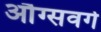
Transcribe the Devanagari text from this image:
औग्सवर्ग